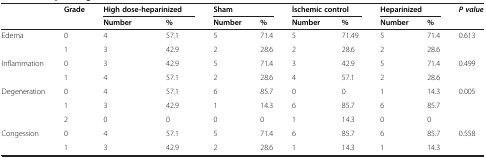
| <ROWSPAN=2>  | <ROWSPAN=2> Grade | <COLSPAN=2> High dose-heparinized | <COLSPAN=2> Sham | <COLSPAN=2> İschemic control | <COLSPAN=2> Heparinized | <ROWSPAN=2> P value |
 | Number | % | Number | % | Number | % | Number | % |
 | --- | --- | --- | --- | --- | --- | --- | --- | --- | --- | --- |
 | <ROWSPAN=2> Edema | 0 | 4 | 57.1 | 5 | 71.4 | 5 | 71.49 | 5 | 71.4 | <ROWSPAN=2> 0.613 |
 | 1 | 3 | 42.9 | 2 | 28.6 | 2 | 28.6 | 2 | 28.6 |
 | <ROWSPAN=2> Inflammation | 0 | 3 | 42.9 | 5 | 71.4 | 3 | 42.9 | 5 | 71.4 | <ROWSPAN=2> 0.499 |
 | 1 | 4 | 57.1 | 2 | 28.6 | 4 | 57.1 | 2 | 28.6 |
 | <ROWSPAN=3> Degeneration | 0 | 4 | 57.1 | 6 | 85.7 | 0 | 0 | 1 | 14.3 | <ROWSPAN=3> 0.005 |
 | 1 | 3 | 42.9 | 1 | 14.3 | 6 | 85.7 | 6 | 85.7 |
 | 2 | 0 | 0 | 0 | 0 | 1 | 14.3 | 0 | 0 |
 | <ROWSPAN=2> Congession | 0 | 4 | 57.1 | 5 | 71.4 | 6 | 85.7 | 6 | 85.7 | <ROWSPAN=2> 0.558 |
 | 1 | 3 | 42.9 | 2 | 28.6 | 1 | 14.3 | 1 | 14.3 |